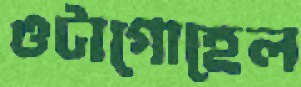
ওটাগোহেল